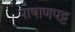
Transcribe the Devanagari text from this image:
पाषाणपट्ट